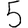
Digit: 5